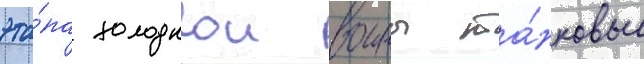
эта́па холоднои воины та́нковые